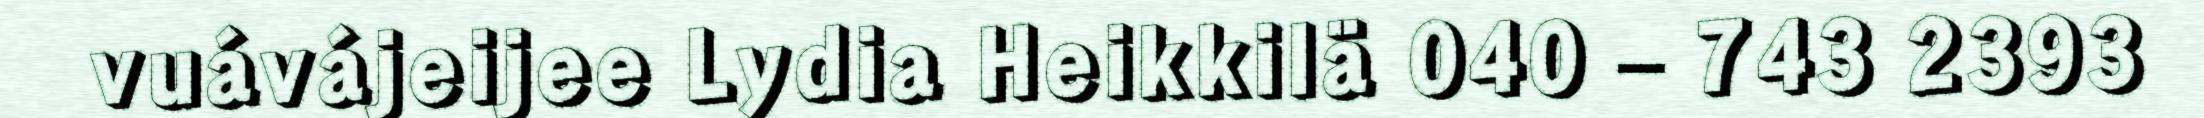
vuávájeijee Lydia Heikkilä 040 – 743 2393